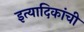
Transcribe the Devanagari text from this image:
इत्यादिकांची